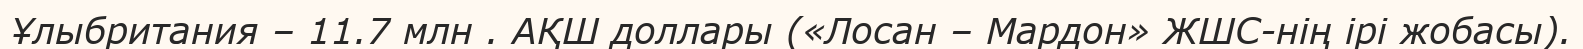
Ұлыбритания – 11.7 млн . АҚШ доллары («Лосан – Мардон» ЖШС-нің ірі жобасы).